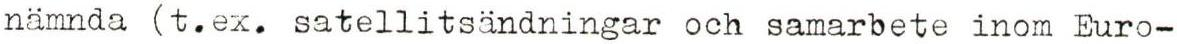
nämnda (t.ex. satellitsändningar och samarbete inom Euro-